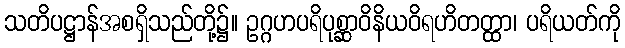
သတိပဋ္ဌာန်အစရှိသည်တို့၌။ ဥဂ္ဂဟပရိပုစ္ဆာဝိနိယဝိရဟိတတ္ထာ၊ ပရိယတ်ကို